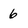
Character: 6